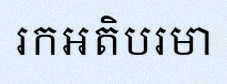
រកអតិបរមា